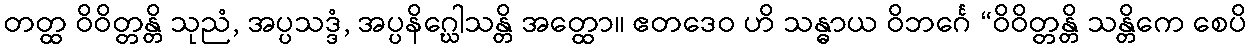
တတ္ထ ဝိဝိတ္တန္တိ သုညံ, အပ္ပသဒ္ဒံ, အပ္ပနိဂ္ဃေါသန္တိ အတ္ထော။ ဧတဒေဝ ဟိ သန္ဓာယ ဝိဘင်္ဂေ “ဝိဝိတ္တန္တိ သန္တိကေ စေပိ